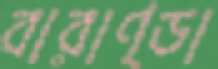
বারাণ্ডা